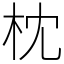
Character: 枕